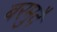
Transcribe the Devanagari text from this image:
बरमुदै